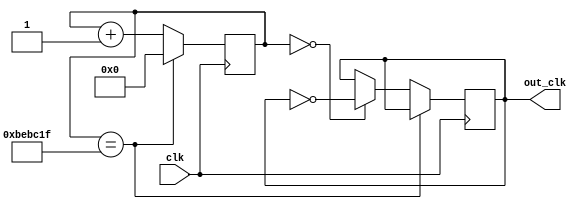
module clk_div(clk, out_clk);
  input clk;

  output out_clk;

  reg out_clk = 0;
  reg [24:0]cnt_clk = 0;
  
  always@(posedge clk) begin
    cnt_clk <= cnt_clk+1;
    if(cnt_clk == 12499999)
      cnt_clk <=0;
    else if(cnt_clk==0)
      out_clk = !out_clk;     
  end    
endmodule